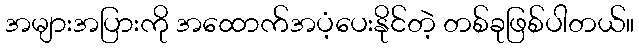
အများအပြားကို အထောက်အပံ့ပေးနိုင်တဲ့ တစ်ခုဖြစ်ပါတယ်။